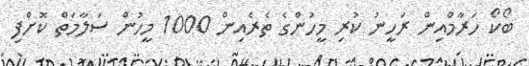
ބޯކޯ ހަރާމްއިން ރަހީނު ކުރި މީހުންގެ ތެރެއިން 1000 މީހުން ސަލާމަތް ކޮށްފި